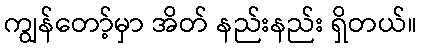
ကျွန်တော့်မှာ အိတ် နည်းနည်း ရှိတယ်။